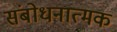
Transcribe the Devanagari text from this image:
संबोधनात्मक